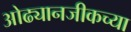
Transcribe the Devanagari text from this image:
ओढ्यानजीकच्या